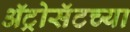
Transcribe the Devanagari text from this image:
ॲट्रोसॅटच्या